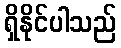
ရှိနိုင်ပါသည်